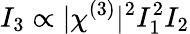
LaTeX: I_{3}\propto|\chi^{(3)}|^{2}I_{1}^{2}I_{2}